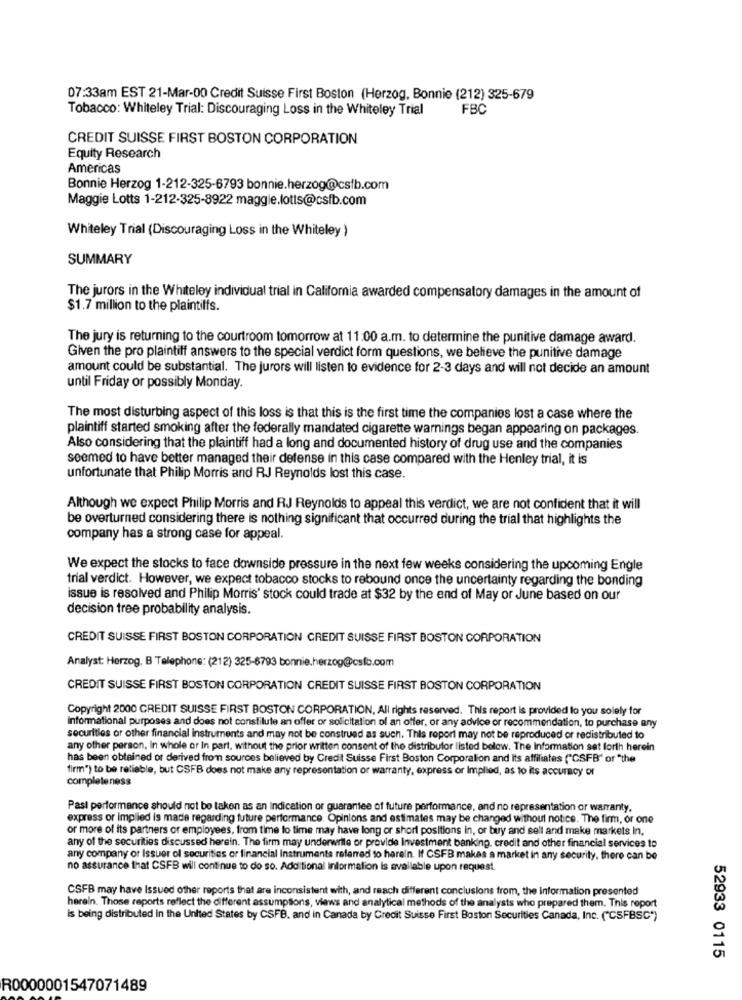
07:33am EST 21-Mar-00 Credit Suisse First Boston (Herzog, Bonnie (212) 325-679
Tobacco: Whiteley Trial: Discouraging Loss in the Whiteley Trial
FBC
CREDIT SUISSE FIRST BOSTON CORPORATION
Equity Research
Americas
Bonnie Herzog 1-212-325-6793 bonnie.herzog@csfb.com
Maggie Lotts 1-212-325-8922 maggie.lotts@csfb.com
Whiteley Trial (Discouraging Loss in the Whiteley )
SUMMARY
The jurors in the Whiteley individual trial in California awarded compensatory damages in the amount of
$1.7 million to the plaintiffs.
The jury is returning to the courtroom tomorrow at 11:00 a.m. to determine the punitive damage award.
Given the pro plaintiff answers to the special verdict form questions, we believe the punitive damage
amount could be substantial. The jurors will listen to evidence for 2-3 days and will not decide an amount
until Friday or possibly Monday.
The most disturbing aspect of this loss is that this is the first time the companies lost a case where the
plaintiff started smoking after the federally mandated cigarette warnings began appearing on packages.
Also considering that the plaintiff had a long and documented history of drug use and the companies
seemed to have better managed their defense in this case compared with the Henley trial, it is
unfortunate that Philip Morris and RJ Reynolds lost this case.
Although we expect Philip Morris and RJ Reynolds to appeal this verdict, we are not confident that it will
be overturned considering there is nothing significant that occurred during the trial that highlights the
company has a strong case for appeal.
We expect the stocks to face downside pressure in the next few weeks considering the upcoming Engle
trial verdict. However, we expect tobacco stocks to rebound once the uncertainty regarding the bonding
issue is resolved and Philip Morris' stock could trade at $32 by the end of May or June based on our
decision tree probability analysis.
CREDIT SUISSE FIRST BOSTON CORPORATION CREDIT SUISSE FIRST BOSTON CORPORATION
Analyst: Herzog, B Telephone: (212) 325-6793 bonnie.herzog@csfb.com
CREDIT SUISSE FIRST BOSTON CORPORATION CREDIT SUISSE FIRST BOSTON CORPORATION
Copyright 2000 CREDIT SUISSE FIRST BOSTON CORPORATION, All rights reserved. This report is provided to you solely for
Informational purposes and does not constitute an offer or solicitation of an offer, or any advice or recommendation, to purchase any
securities or other financial instruments and may not be construed as such. This report may not be reproduced or redistributed to
any other person, In whole or In part, without the prior written consent of the distributor listed below. The Information set forth herein
has been obtained or derived from sources believed by Credit Suisse First Boston Corporation and Its affiliates ("CSFB" or "the
firm") to be reliable, but CSFB does not make any representation or warranty, express or Implied, as to its accuracy of
completeness
Past performance should not be taken as an Indication or guarantee of future performance, and no representation or warranty,
express or Implied is made regarding future performance. Opinions and estimates may be changed without notice. The firm, or one
or more of its partners or employees, from time to time may have long or short positions in, or buy and sell and make markets In.
any of the securities discussed herein. The firm may underwrile or provide investment banking, credit and other financial services to
any company or Issuer ol securities or financial Instruments referred to herein. If CSFB makes a market in any security, there can be
no assurance that CSFB will continue to do so. Additional information is available upon request.
CSFB may have Issued other reports that are inconsistent with, and reach different conclusions from, the Information presented
herein. Those reports reflect the different assumptions, views and analytical methods of the analysts who prepared them. This report
is being distributed in the United States by CSFB. and in Canada by Credit Suisse First Boston Securities Canada, Inc. ("CSFBSC")
52933 0115
R0000001547071489